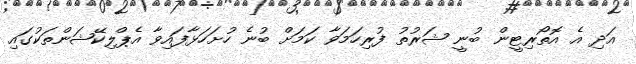
އަދި އެ އޮތޯރިޓީން ބުނީ ޝަރުތު ފުރިހަމަވާ ކަމަށް ބުނެ ހުށަހަޅާފައިވާ އެޕްލިކޭޝަންތަކުގައި